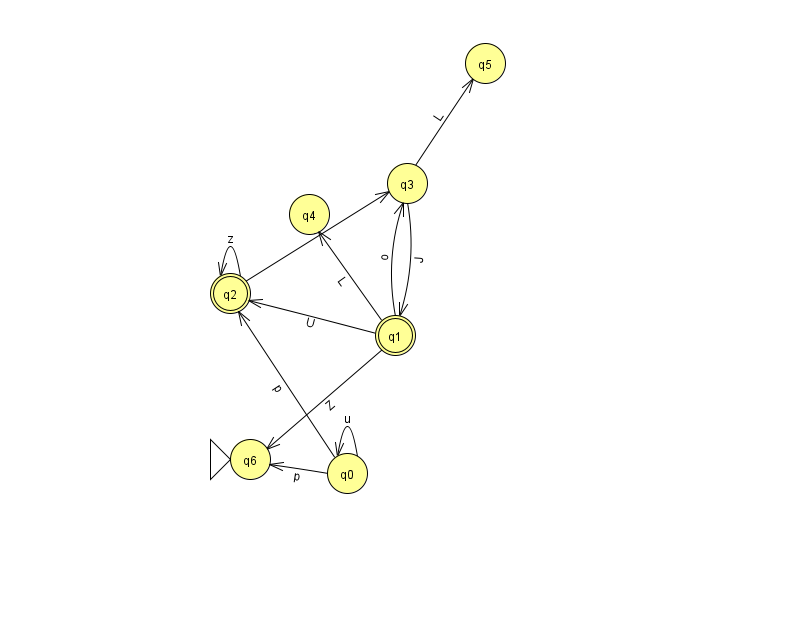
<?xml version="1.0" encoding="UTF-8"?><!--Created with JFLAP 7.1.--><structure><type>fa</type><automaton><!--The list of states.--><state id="0" name="q0"><x>347.0</x><y>460.0</y></state><state id="1" name="q1"><x>395.0</x><y>322.0</y><final/></state><state id="2" name="q2"><x>230.0</x><y>280.0</y><final/></state><state id="3" name="q3"><x>407.0</x><y>170.0</y></state><state id="4" name="q4"><x>309.0</x><y>201.0</y></state><state id="5" name="q5"><x>485.0</x><y>50.0</y></state><state id="6" name="q6"><x>250.0</x><y>446.0</y><initial/></state><!--The list of transitions.--><transition><from>1</from><to>2</to><read>U</read></transition><transition><from>1</from><to>3</to><read>o</read></transition><transition><from>0</from><to>0</to><read>u</read></transition><transition><from>3</from><to>1</to><read>J</read></transition><transition><from>1</from><to>6</to><read>Z</read></transition><transition><from>3</from><to>5</to><read>L</read></transition><transition><from>0</from><to>2</to><read>p</read></transition><transition><from>2</from><to>2</to><read>z</read></transition><transition><from>0</from><to>6</to><read>p</read></transition><transition><from>2</from><to>3</to><read>v</read></transition><transition><from>1</from><to>4</to><read>L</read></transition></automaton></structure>